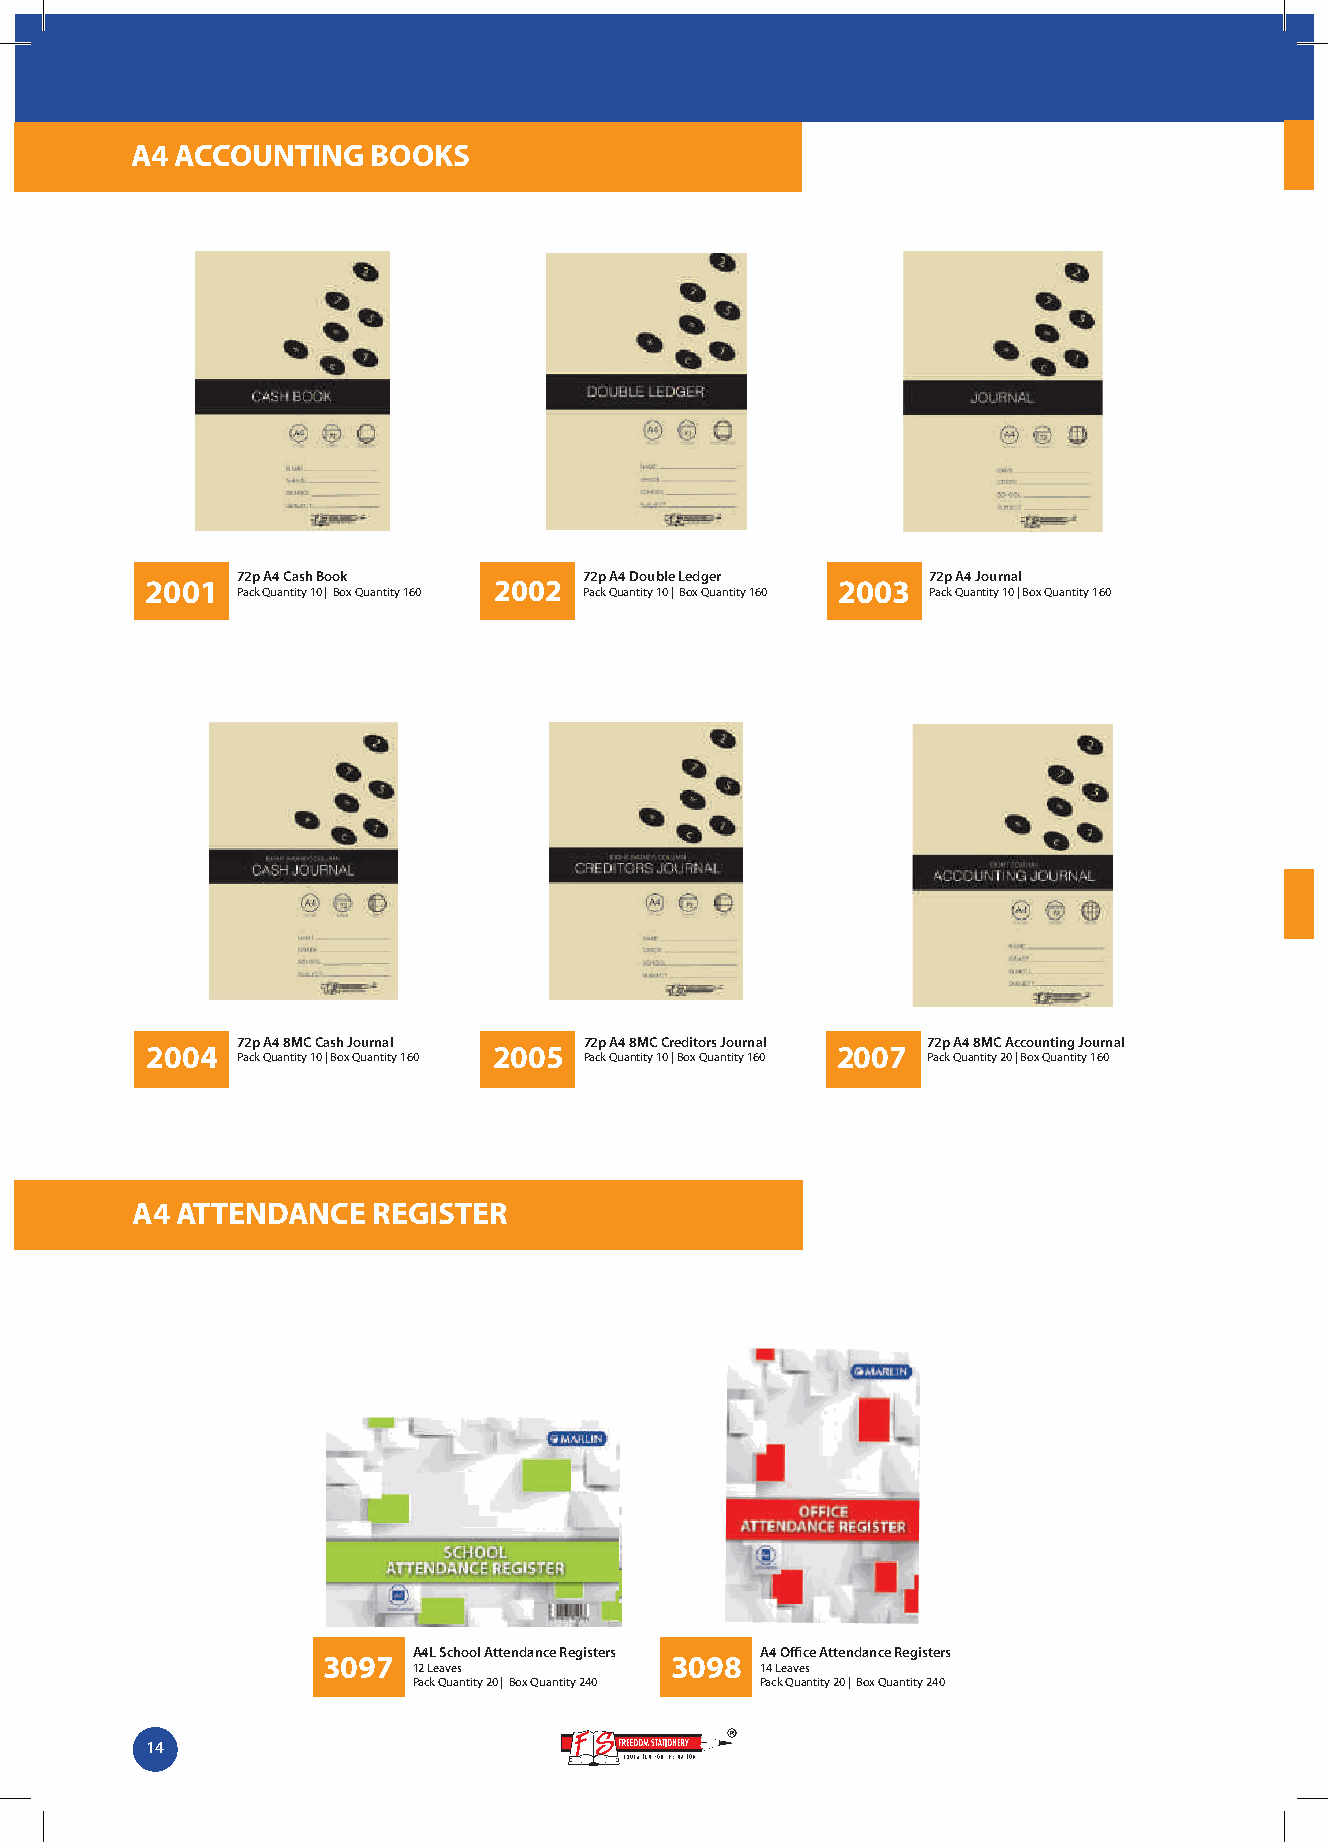
A4 ACCOUNTING   BOOKS
 72p A4 Cash Book       72p A4 Double Ledger   72p A4 Journal
 2001                   2002                  2003
 Pack Quantity 10 | Box Quantity 160 Pack Quantity 10 | Box Quantity 160 Pack Quantity 10 | Box Quantity 160
 72p A4 8MC Cash Journal 72p A4 8MC Creditors Journal 72p A4 8MC Accounting Journal
 2004                   2005                  2007
 Pack Quantity 10 | Box Quantity 160 Pack Quantity 10 | Box Quantity 160 Pack Quantity 20 | Box Quantity 160
 A4 ATTENDANCE   REGISTER
 A4L School Attendance Registers A4 Office Attendance Registers
 3097                   3098
 12 Leaves              14 Leaves
 Pack Quantity 20 | Box Quantity 240 Pack Quantity 20 | Box Quantity 240
 14